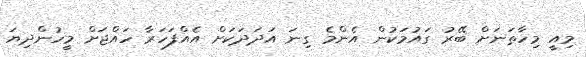
މިއީ މިހާތަނަށް ބޭރު ގައުމަކުން އެންމެ ގިނަ އަދަދަކަށް އެއްފަހަރާ ހައްޖަށް މީހުންދިޔަ